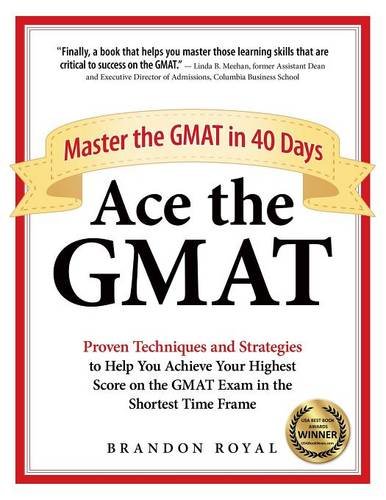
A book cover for Ace the GMAT: Master the GMAT in 40 Days; Brandon Royal; Test Preparation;